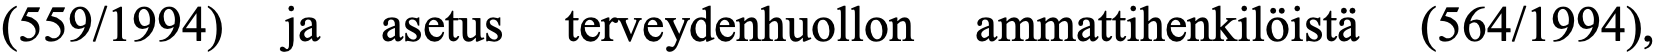
(559/1994) ja asetus terveydenhuollon ammattihenkilöistä (564/1994),